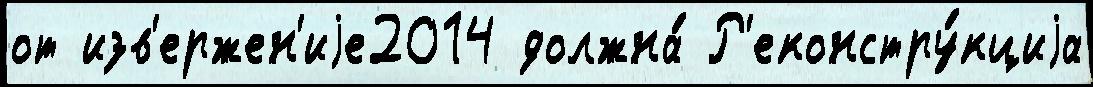
от изв'ержен'иjе2014 должна́ Р'еконстру́кциjа